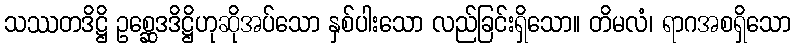
သဿတဒိဋ္ဌိ ဥစ္ဆေဒဒိဋ္ဌိဟုဆိုအပ်သော နှစ်ပါးသော လည်ခြင်းရှိသော။ တိမလံ၊ ရာဂအစရှိသော